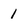
Character: 1